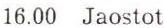
16.00 Jaostot